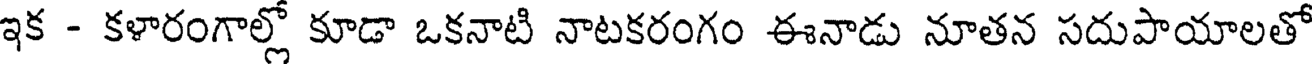
ఇక - కళారంగాల్లో కూడా ఒకనాటి నాటకరంగం ఈనాడు నూతన సదుపాయాలతో